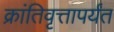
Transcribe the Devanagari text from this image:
क्रांतिवृत्तापर्यंत